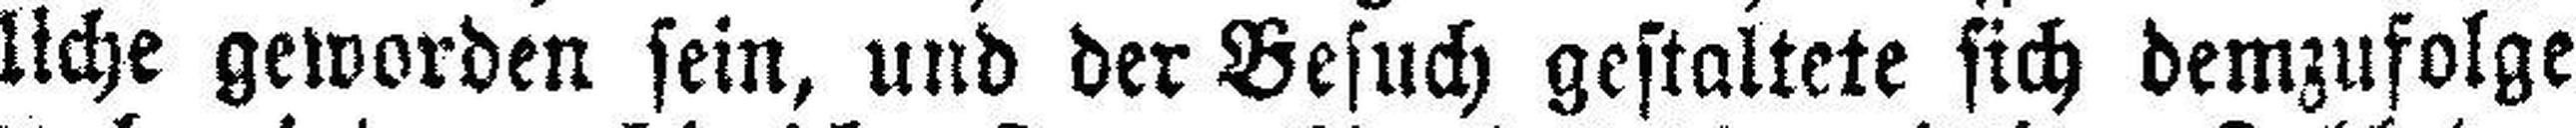
liche geworden sein, und der Besuch gestaltete sich demzufolge